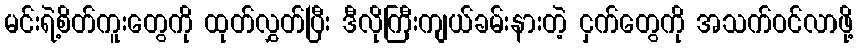
မင်းရဲ့စိတ်ကူးတွေကို ထုတ်လွှတ်ပြီး ဒီလိုကြီးကျယ်ခမ်းနားတဲ့ ငှက်တွေကို အသက်ဝင်လာဖို့